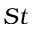
S t